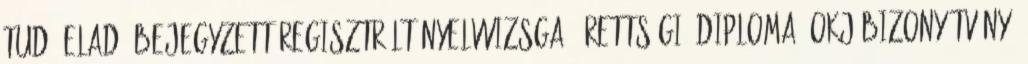
tud. Eladó bejegyzett regisztrált nyelvvizsga, érettségi, diploma, OKJ bizonyítvány,